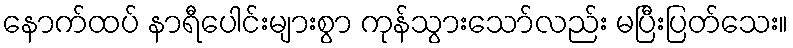
နောက်ထပ် နာရီပေါင်းများစွာ ကုန်သွားသော်လည်း မပြီးပြတ်သေး။